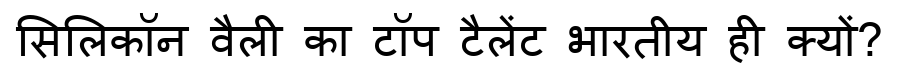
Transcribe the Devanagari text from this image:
सिलिकॉन वैली का टॉप टैलेंट भारतीय ही क्यों?